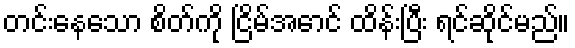
တင်းနေသော စိတ်ကို ငြိမ်အောင် ထိန်းပြီး ရင်ဆိုင်မည်။